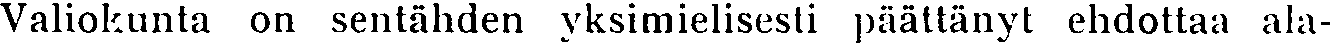
Valiokunta on sentähden yksimielisesti päättänyt ehdottaa ala-